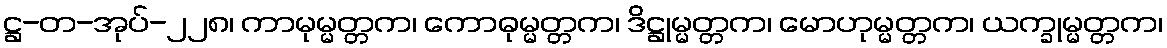
ဋ္ဌ-တ-အုပ်-၂၂၈၊ ကာမုမ္မတ္တက၊ ကောဓုမ္မတ္တက၊ ဒိဋ္ဌုမ္မတ္တက၊ မောဟုမ္မတ္တက၊ ယက္ခုမ္မတ္တက၊